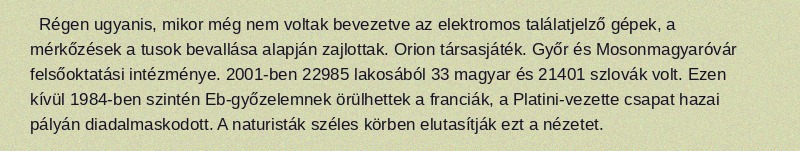
Régen ugyanis, mikor még nem voltak bevezetve az elektromos találatjelző gépek, a mérkőzések a tusok bevallása alapján zajlottak. Orion társasjáték. Győr és Mosonmagyaróvár felsőoktatási intézménye. 2001-ben 22985 lakosából 33 magyar és 21401 szlovák volt. Ezen kívül 1984-ben szintén Eb-győzelemnek örülhettek a franciák, a Platini-vezette csapat hazai pályán diadalmaskodott. A naturisták széles körben elutasítják ezt a nézetet.